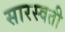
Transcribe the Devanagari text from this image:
सारस्वती